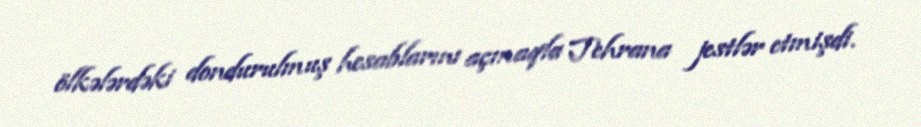
ölkələrdəki dondurulmuş hesablarını açmaqla Tehrana jestlər etmişdi.